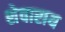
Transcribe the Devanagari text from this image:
शेवाराय